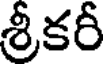
శ్రీకరీ